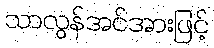
သာလွန်အင်အားဖြင့်